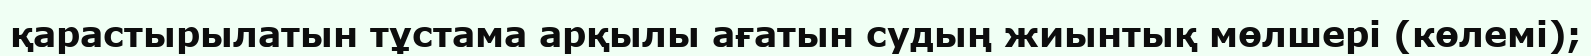
қарастырылатын тұстама арқылы ағатын судың жиынтық мөлшері (көлемі);